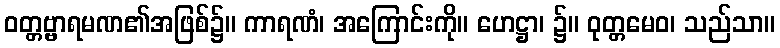
ဝတ္တဗ္ဗာရမဏ၏အဖြစ်၌။ ကာရဏံ၊ အကြောင်းကို။ ဟေဋ္ဌာ၊ ၌။ ဝုတ္တမေဝ၊ သည်သာ။